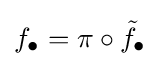
f_{\bullet }=\pi \circ {\tilde {f}}_{\bullet }